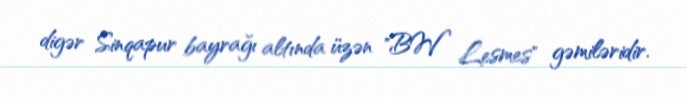
digər Sinqapur bayrağı altında üzən "BW Lesmes" gəmiləridir.